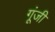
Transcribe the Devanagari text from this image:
गूंजी